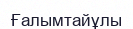
Ғалымтайұлы